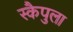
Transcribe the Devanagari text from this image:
स्कैपुला